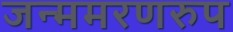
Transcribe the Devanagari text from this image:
जन्ममरणरुप